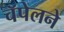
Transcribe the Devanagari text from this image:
चॅपेलने